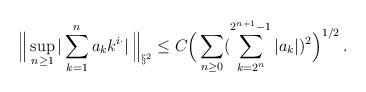
LaTeX: \begin{align*}\Big\| \sup_{n\ge 1}|\sum_{k=1}^n a_k k^{i\cdot }|\, \Big\|_{\S^2}\le C \Big(\sum_{n\ge 0}(\sum_{k=2^n}^{2^{n+1}-1}|a_k|)^2\Big)^{1/2}\, .\end{align*}